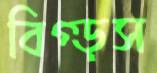
বিগ্‌ড়স